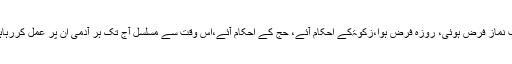
جب نماز فرض ہوئی، روزہ فرض ہوا،زکوٰۃکے احکام آئے، حج کے احکام آئے،اس وقت سے مسلسل آج تک ہر آدمی ان پر عمل کررہاہے۔